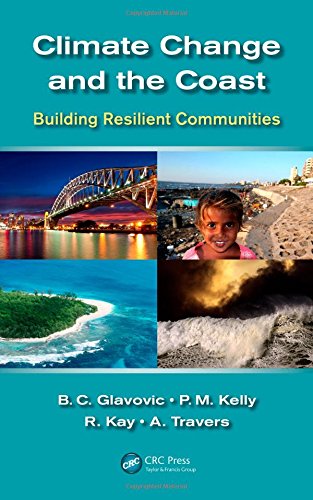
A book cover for Climate Change and the Coast: Building Resilient Communities; Engineering & Transportation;